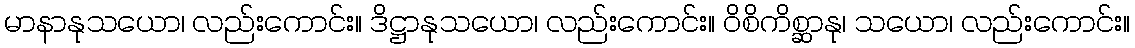
မာနာနုသယော၊ လည်းကောင်း။ ဒိဋ္ဌာနုသယော၊ လည်းကောင်း။ ဝိစိကိစ္ဆာနု၊ သယော၊ လည်းကောင်း။